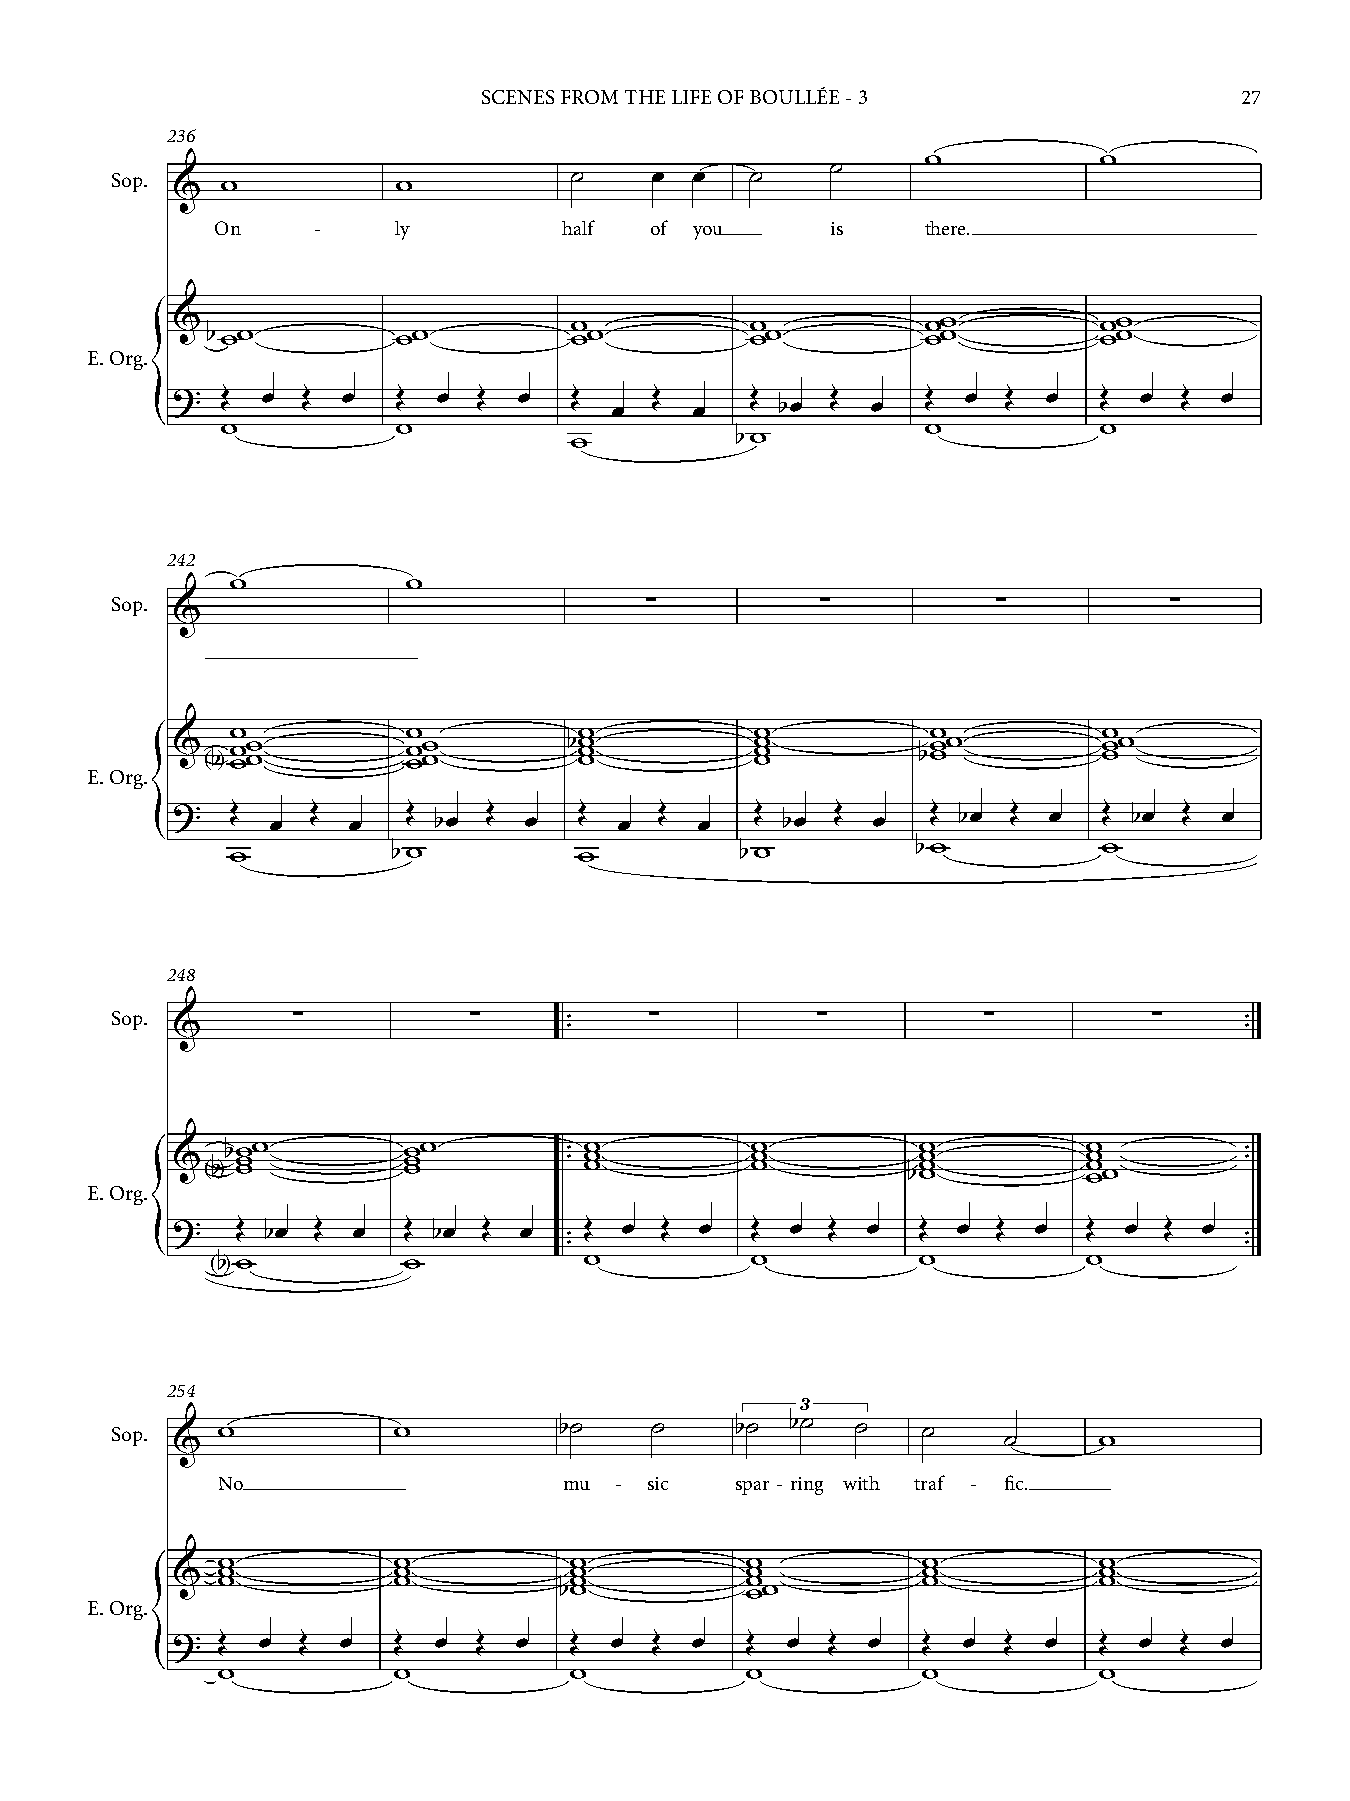
SCENES FROM THE LIFE OF BOULLÉE - 3               27
 236
 w           w
 ˙
 Sop. &  w          w           ˙    œ  œ   ˙
 On     -    ly         half  of you      is    there.
 &                          w           w          ww          ww
 bww         ww          ww          ww         ww          ww
 E. Org.
 ?   Œ œ  Œ  œ  Œ  œ  Œ œ   Œ    Œ      Œ    Œ     Œ  œ  Œ œ   Œ œ  Œ  œ
 œ    œ     bœ    œ
 {    w          w                                  w           w
 w          bw
 242
 w           w
 Sop.                                ∑         ∑          ∑         ∑
 &
 w           w          w           w           w          w
 &
 <b
 >ww ww       ww ww      b www       www        bwww        www
 E. Org.
 ?   Œ  œ  Œ œ   Œ bœ Œ  œ  Œ  œ  Œ œ   Œ bœ Œ  œ   Œ bœ Œ œ   Œ bœ Œ  œ
 {    w          bw          w          bw          bw          w
 248
 Sop. &      ∑          ∑     ™ ™  ∑         ∑         ∑         ∑     ™ ™
 &  <b >b wwww   wwww       ™ ™ www     www       bwwww       wwww w     ™ ™
 E. Org.
 ?    Œ bœ Œ œ   Œ bœ Œ œ    Œ œ  Œ œ   Œ œ  Œ œ   Œ œ  Œ  œ  Œ œ  Œ  œ
 ™                                            ™
 ™                                            ™
 {   b w          w           w          w          w          w
 < >
 254
 3
 Sop. & w           w          b˙    ˙     b˙ b˙   ˙   ˙    ˙      w
 No                     mu  - sic   spar - ring with traf - fic.
 w           w           w          w           w           w
 &  ww          ww          ww         ww          ww          ww
 bw          ww
 E. Org.
 ?  Œ  œ  Œ  œ  Œ  œ Œ  œ   Œ œ  Œ  œ  Œ  œ  Œ œ   Œ  œ Œ  œ   Œ œ  Œ  œ
 {   w           w           w          w           w           w